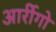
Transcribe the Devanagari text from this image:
आर्रीगो